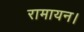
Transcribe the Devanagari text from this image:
रामायन।